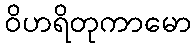
ဝိဟရိတုကာမော